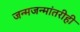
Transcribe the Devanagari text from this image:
जन्मजन्मांतरीही